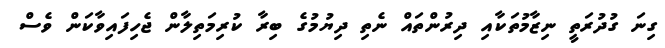
ގިނަ ގުދުރަތީ ނިޒާމުތަކާއި ދިރުންތައް ނެތި ދިޔުމުގެ ބިރާ ކުރިމަތިލާން ޖެހިފައިވާކަން ވެސް